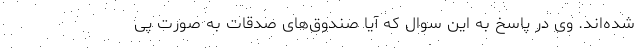
شده‌اند. وی در پاسخ به این سوال که آیا صندوق‌های صدقات به صورت پی